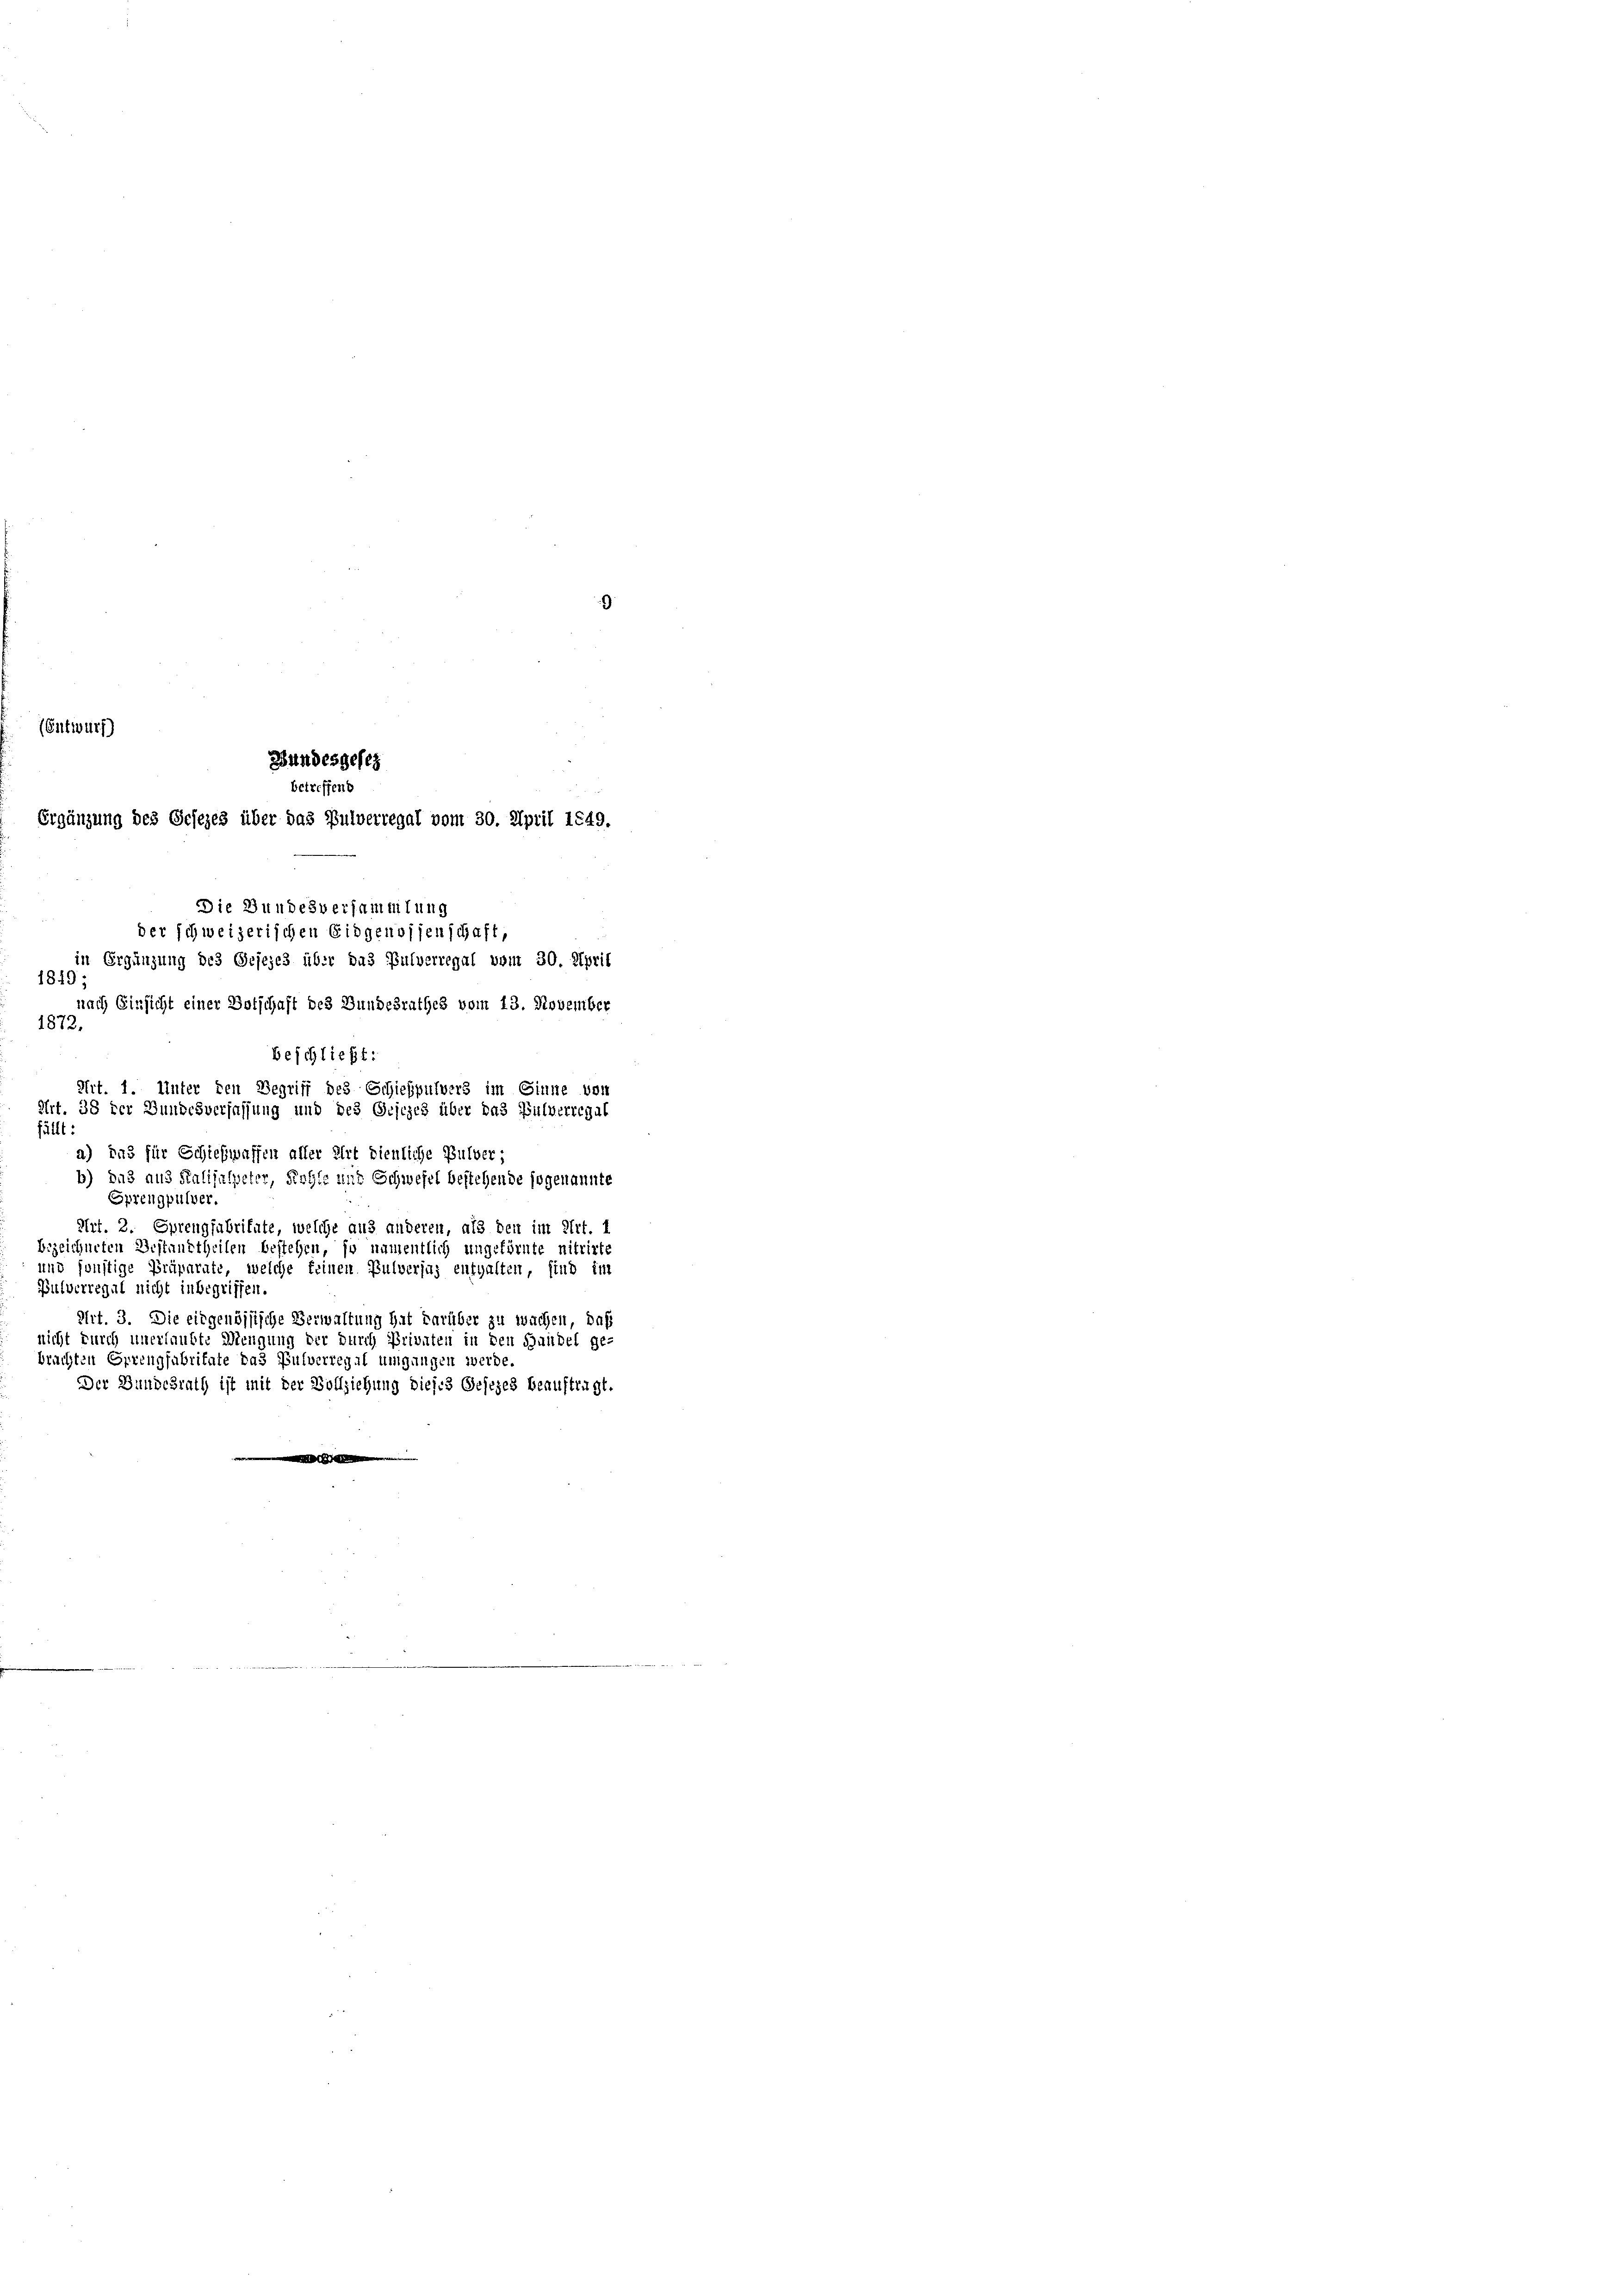
Art. 1. Unter den Begriff des Schießpulvers im Sinne von
Art. 38 der Bundesverfassung und des Griezes über das Pulverregal
fällt d
a) und für Schießwaffen aller Art dienliche Pulver,
b) das aus Salijalpeter, Fehle mit Schwefel bestehende sogenannte
Sprengpulver.
Art. 2. Sprengfabritate, welche aus anderen, als den im Art.
bezeichneten Bestandtheilen bestehen, so namentlich ungeförnte nittirte
und sonstige Präparate, welche keinen Pulverjus enthalten, sind im
Bielverregal nicht inbegriffen.
Art. 3. Die eidgenössische Verwaltung hat darüber zu wachen, daß
nicht durch unerlaubte Mengung der durch Privaten in den Handel ge-
brachten Errengfabritate das Pulverregal umgangen werde.
Der Bundesrath ist mit der Vollziehung dieses Gesezes beauftragt.

(Entwurf)

Die Bundesversammlung
der schweizerischen Eidgenossenschaft,
in Ergänzung des Gesezes über das Pulverregal vom 30. April
1849;
nach Einsicht einer Botschaft des Bundesrathes vom 13. November
1872.

Bundesgesez
betreffend
Ergänzung des Gesezes über das Pulverregal vom 30. April 1849.

beschließt: